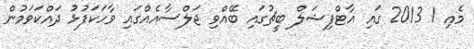
މެއި 1 2013 ގައި އާޓްފިޝަލް ބީޗުގައި ބޭއްވި ޖަލްސާއެއްގައި ވާހަކަފުޅު ދައްކަވަމުން